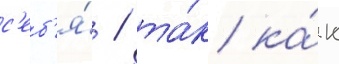
с'еб'я́ / та́к ка́к